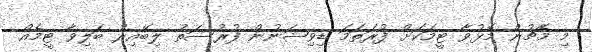
މި މެޗުން މޮޅުވާ ޓީމަކަށް ފުރަތަމަ ޑިވިޝަނުން ފުރުސަތު ލިބޭއިރު ބަލިވާ ޓީމެއް